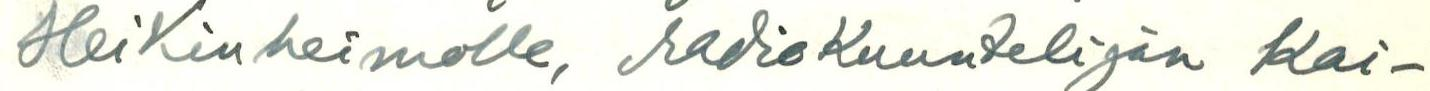
Heikinheimolle, radioKuuntelijan Kai-